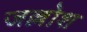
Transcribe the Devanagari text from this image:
जल्लोश